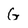
Character: G